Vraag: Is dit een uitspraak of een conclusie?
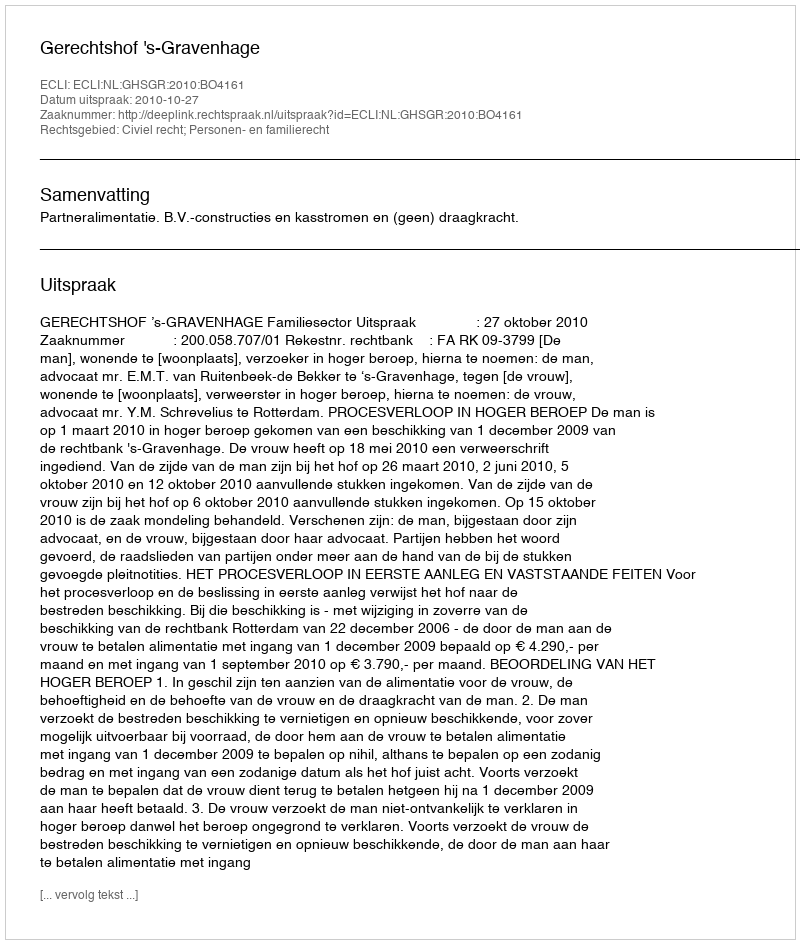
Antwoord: Uitspraak